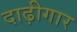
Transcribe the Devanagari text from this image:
दाढ़ीगार